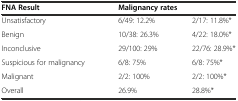
<table><thead><tr><td><b>FNA Result</b></td><td colspan="2"><b>Malignancy rates</b></td></tr></thead><tbody><tr><td>Unsatisfactory</td><td>6/49: 12.2%</td><td>2/17: 11.8%*</td></tr><tr><td>Benign</td><td>10/38: 26.3%</td><td>4/22: 18.0%*</td></tr><tr><td>Inconclusive</td><td>29/100: 29%</td><td>22/76: 28.9%*</td></tr><tr><td>Suspicious for malignancy</td><td>6/8: 75%</td><td>6/8: 75%*</td></tr><tr><td>Malignant</td><td>2/2: 100%</td><td>2/2: 100%*</td></tr><tr><td>Overall</td><td>26.9%</td><td>28.8%*</td></tr></tbody></table>